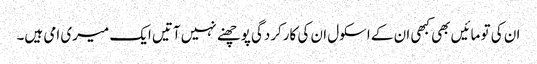
ان کی تو مائیں بھی کبھی ان کے اسکول ان کی کارکردگی پوچھنے نہیں آتیں ایک میری امی ہیں۔